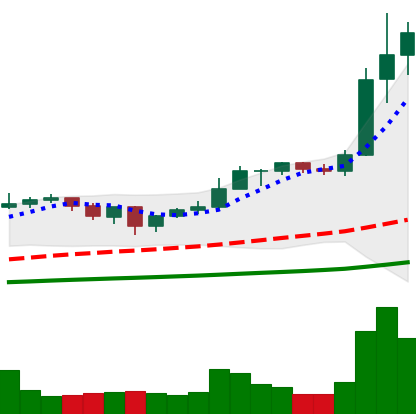
Ticker: ETH-USD
Chart end date: 2021-01-05
Forward return: 14.749%
Label: up_7plus